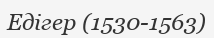
Едігер (1530-1563)